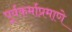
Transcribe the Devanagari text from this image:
पूर्वकर्माप्रमाणे